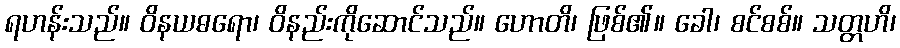
ရဟန်းသည်။ ဝိနယဓရော၊ ဝိနည်းကိုဆောင်သည်။ ဟောတိ၊ ဖြစ်၏။ ခေါ၊ စင်စစ်။ သတ္တဟိ၊